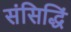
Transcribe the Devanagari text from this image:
संसिद्धिं